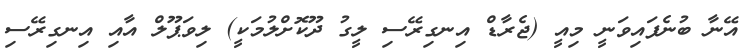
އޭނާ ބުނެފައިވަނީ މިއީ (ޖެރާޑް އިނގިރޭސި ލީގު ދޫކޮށްލުމަކީ) ލިވަޕޫލް އާއި އިނގިރޭސި